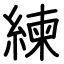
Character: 練